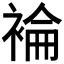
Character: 𧛈